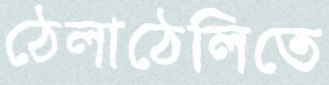
ঠেলাঠেলিতে